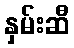
နှမ်းဆီ